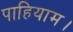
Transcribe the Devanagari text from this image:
पाहियाम।